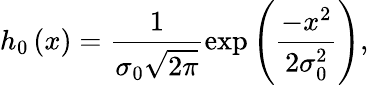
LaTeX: h_{0}\left(x\right)=\frac{1}{\sigma_{0}\sqrt{2\pi}}\exp\left(\frac{-x^{2}}{2\sigma_{0}^{2}}\right),